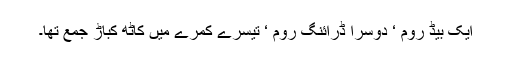
ایک بیڈ روم ‘ دوسرا ڈرائنگ روم ‘ تیسرے کمرے میں کاٹھ کباڑ جمع تھا۔